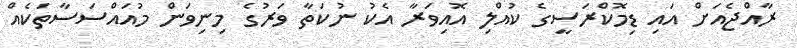
ރާއްޖެއަށް އައި ޑިމޮކްރަސީގެ ކުއްލި އޮއިވަރާ އެކު ނުކަތާ ވަރުގެ މިނިވަން މުއައްސަސާތަކެއް